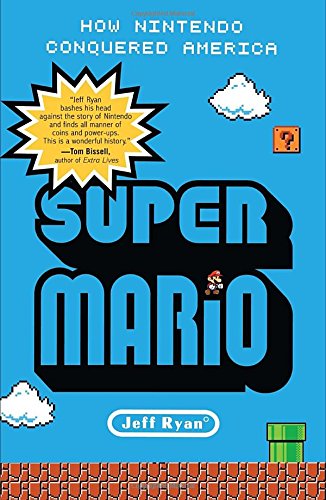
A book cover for Super Mario: How Nintendo Conquered America; Jeff Ryan; Computers & Technology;